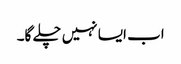
اب ایسا نہیں چلے گا۔